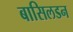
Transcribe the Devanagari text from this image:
बासिलडन